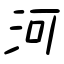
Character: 河